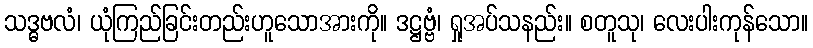
သဒ္ဓဗလံ၊ ယုံကြည်ခြင်းတည်းဟူသောအားကို။ ဒဋ္ဌဗ္ဗံ၊ ရှုအပ်သနည်း။ စတူသု၊ လေးပါးကုန်သော။